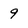
Character: 9